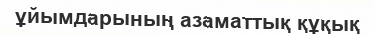
ұйымдарының азаматтық құқық